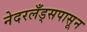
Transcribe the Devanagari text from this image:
नेदरलँड्सपासून